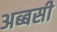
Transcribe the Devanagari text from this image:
अब्बसी